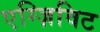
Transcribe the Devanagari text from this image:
एग्ज़िविट